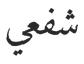
شفعي